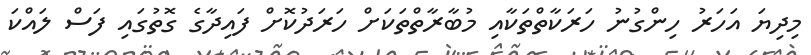
މިދިޔަ އަހަރު ހިންގުނު ހަރަކާތްތަކާއި މުބާރާތްތަކަށް ހަރަދުކޮށް ފައިދާގެ ގޮތުގައި ފަސް ލައްކަ